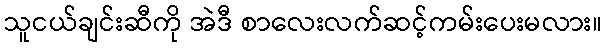
သူငယ်ချင်းဆီကို အဲဒီ စာလေးလက်ဆင့်ကမ်းပေးမလား။